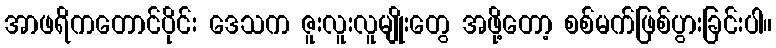
အာဖရိကတောင်ပိုင်း ဒေသက ဇူးလူးလူမျိုးတွေ အဖို့တော့ စစ်မက်ဖြစ်ပွားခြင်းပါ။